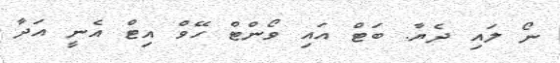
ނޯ ލައި ދެޔާ. ބަޓް އައި ވޯންޓް ހޭވް އިޓް އެނީ އަދާ